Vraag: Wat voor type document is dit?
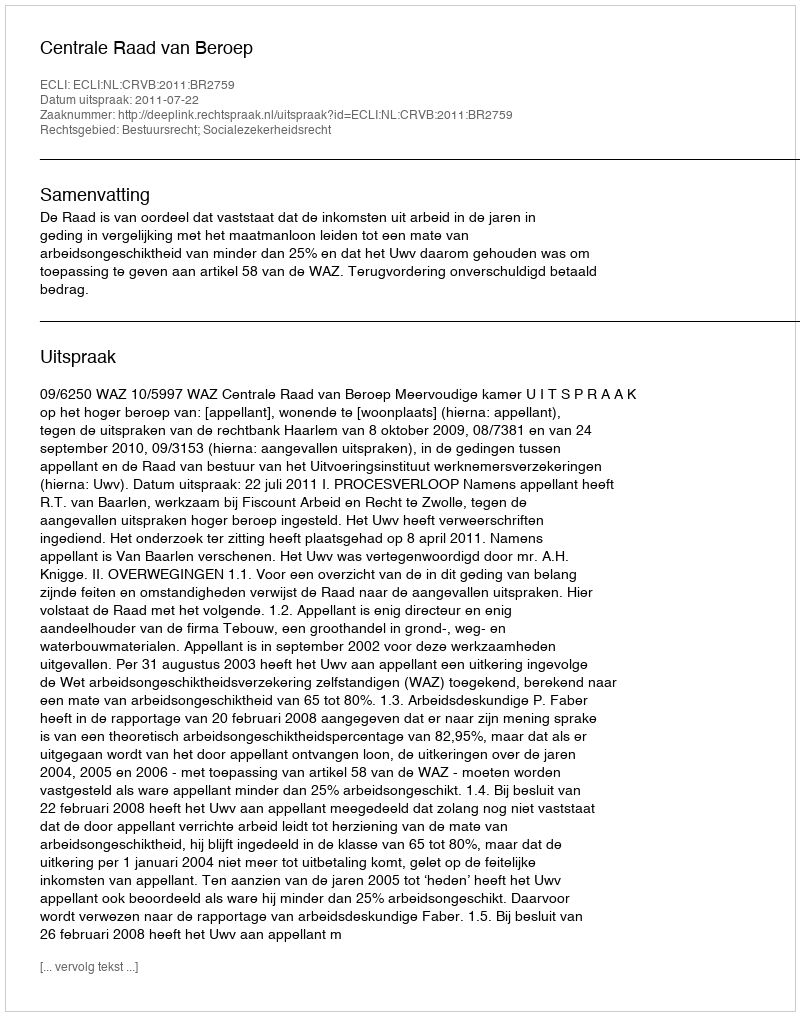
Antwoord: Uitspraak